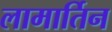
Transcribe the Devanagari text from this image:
लामार्तिन